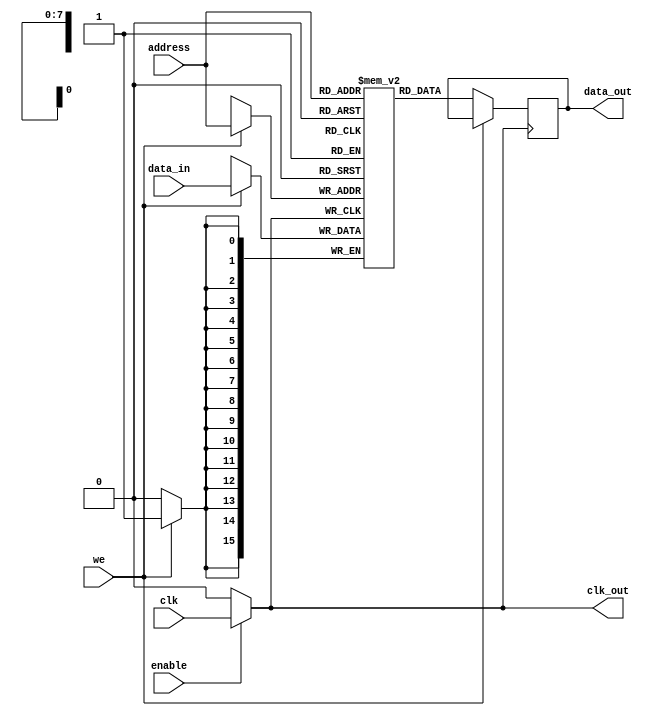
module memory_block (
    input wire clk,             // Main clock signal
    input wire enable,          // Memory block enable signal
    input wire we,              // Write enable signal (1 for write, 0 for read)
    input wire [7:0] address,   // Address for memory access
    input wire [15:0] data_in,   // Data input for write operations
    output reg [15:0] data_out,  // Data output for read operations
    output reg clk_out         // Gated clock output
);

// Memory array declaration (16x256 example)
reg [15:0] memory_array [0:255];

// Clock gating logic
always @(*) begin
    // Clock gating logic: allow clock when memory is enabled
    clk_out = enable ? clk : 1'b0;
end

// Memory read and write operations (synchronous)
always @(posedge clk_out) begin
    if (we) begin
        // Write operation
        memory_array[address] <= data_in;
    end
    else begin
        // Read operation
        data_out <= memory_array[address];
    end
end

endmodule